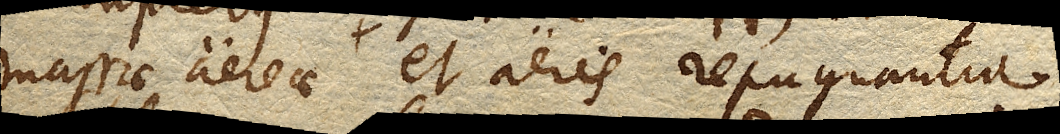
massae aereae et aeris repugnantia